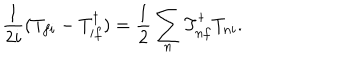
\frac { 1 } { 2 i } ( T _ { f i } - T _ { i f } ^ { \dagger } ) = \frac { 1 } { 2 } \sum _ { n } T _ { n f } ^ { \dagger } T _ { n i } .